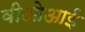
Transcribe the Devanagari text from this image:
वीओआई